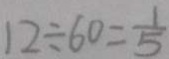
1 2 \div 6 0 = \frac { 1 } { 5 }